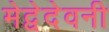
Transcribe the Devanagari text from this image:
मेद्वेदेवनी